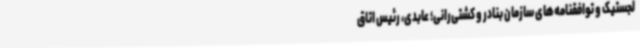
لجستیک و توافقنامه‌های سازمان بنادر و کشتی‌رانی؛ عابدی، رئیس اتاق